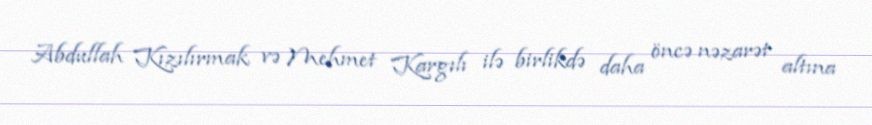
Abdullah Kızılırmak və Mehmet Kargılı ilə birlikdə daha öncə nəzarət altına